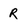
Character: r